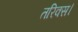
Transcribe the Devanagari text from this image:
तरिक्स।